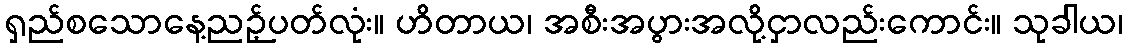
ရှည်စသောနေ့ညဉ့်ပတ်လုံး။ ဟိတာယ၊ အစီးအပွားအလို့ငှာလည်းကောင်း။ သုခါယ၊